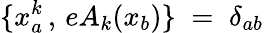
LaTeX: \{ x_{a}^{k}\, ,\, eA_{k}(x_{b})\} \; =\; \delta_{ab}